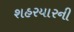
શહરયારની